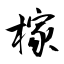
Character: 榢